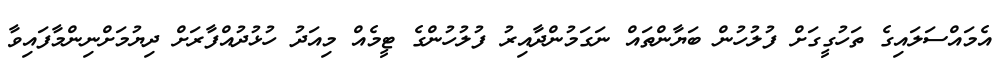
އެމައްސަލައިގެ ތަހުގީގަށް ފުލުހުން ބަޔާންތައް ނަގަމުންދާއިރު ފުލުހުންގެ ޓީމެއް މިއަދު ހުޅުދުއްފާރަށް ދިޔުމަށްނިންމާފައިވާ